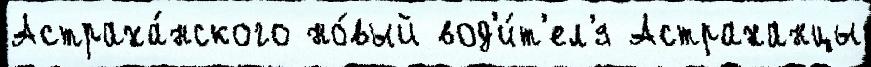
Астраха́нского но́вый вод'и́т'ел'я Астраханцы